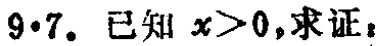
$9 \cdot 7.$ 已知 $x>0$,求证：